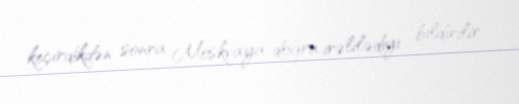
keçirdikdən sonra Moskvaya doğru irəlilədiyi bildirilir.